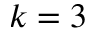
k = 3